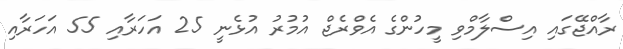
ރާއްޖޭގައި އިސްލާމްވި މީހުންގެ އެވްރެޖް އުމުރު އުޅެނީ 25 އަހަރާއި 55 އަހަރާއި